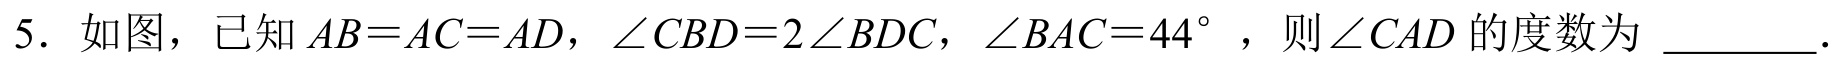
5. 如图，已知\(AB = AC = AD\)，\(\angle CBD = 2\angle BDC\)，\(\angle BAC = 44^{\circ}\)，则\(\angle CAD\)的度数为 \_\_\_\_\_ .